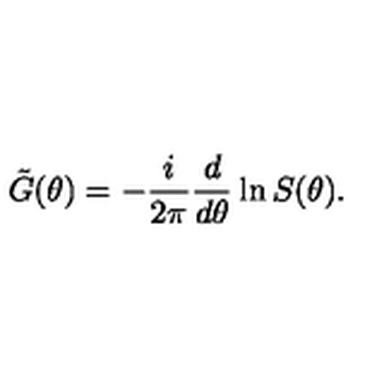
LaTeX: \tilde { G } ( \theta ) = - \frac { i } { 2 \pi } \frac { d } { d \theta } \ln S ( \theta ) .